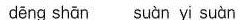
dēng shān suàn yī suàn